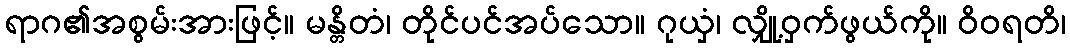
ရာဂ၏အစွမ်းအားဖြင့်။ မန္တိတံ၊ တိုင်ပင်အပ်သော။ ဂုယှံ၊ လျှို့ဝှက်ဖွယ်ကို။ ဝိဝရတိ၊